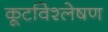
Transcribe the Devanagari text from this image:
कूटविश्लेषण